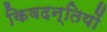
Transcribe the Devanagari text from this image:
किवदन्तियों